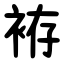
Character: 袸